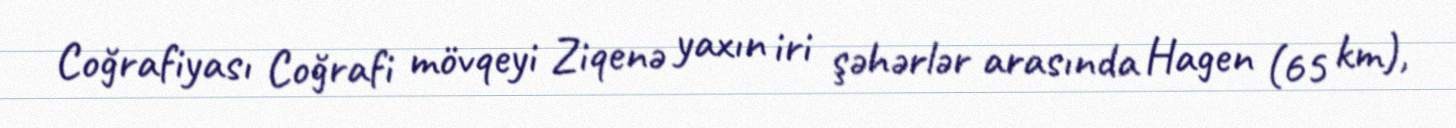
Coğrafiyası Coğrafi mövqeyi Ziqenə yaxın iri şəhərlər arasında Hagen (65 km),